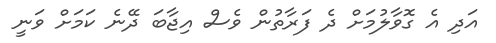
އަދި އެ ގޮވާލުމަށް ދެ ފަރާތުން ވެސް އިޖާބަ ދޭނެ ކަމަށް ވަނީ